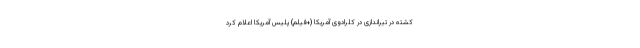
کشته در تیراندازی در کلرادوی آمریکا (+فیلم) پلیس آمریکا اعلام کرد